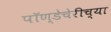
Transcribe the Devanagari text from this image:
पॉण्डेचेरीच्या